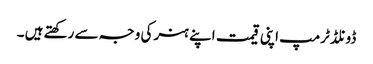
ڈونلڈ ٹرمپ اپنی قیمت اپنے ہنر کی وجہ سے رکھتے ہیں ۔